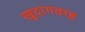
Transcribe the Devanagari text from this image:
खुदागवाह